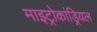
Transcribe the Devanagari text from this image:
माइट्रोकांड्रियल